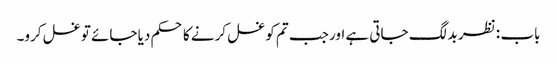
باب : نظر بد لگ جاتی ہے اور جب تم کو غسل کرنے کا حکم دیا جائے تو غسل کرو۔